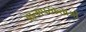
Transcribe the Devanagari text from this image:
आत्मपरकताओं